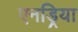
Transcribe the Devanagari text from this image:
एनड्रिया